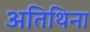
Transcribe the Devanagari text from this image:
अतिथिना